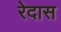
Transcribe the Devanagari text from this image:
रेदास